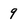
Character: 9